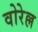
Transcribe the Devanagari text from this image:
वोरेल्ल